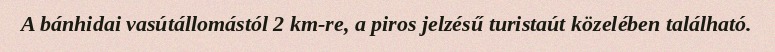
A bánhidai vasútállomástól 2 km-re, a piros jelzésű turistaút közelében található.